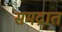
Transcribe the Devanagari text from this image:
समद्रात